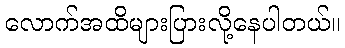
လောက်အထိများပြားလို့နေပါတယ်။